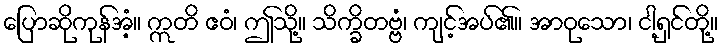
ပြောဆိုကုန်အံ့။ ဣတိ ဧဝံ၊ ဤသို့။ သိက္ခိတဗ္ဗံ၊ ကျင့်အပ်၏။ အာဝုသော၊ ငါ့ရှင်တို့။